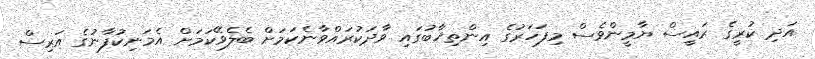
އަދި ކުރީގެ ރައީސް ޔާމީންވެސް މިފަހަރުގެ އިންތިޚާބުގައި ވާދަކުރައްވާނެކަމަށް ބެލެވޭކަމަށް އެމަނިކުފާނުގެ އަރިސް